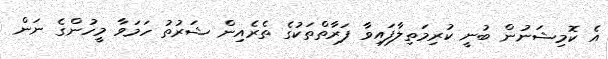
އެ ކޮމިޝަނުން ބުނީ ކުރިމަތިލާފައިވާ ފަރާތްތަކުގެ ތެރެއިން ޝަރުތު ހަމަވާ މީހުންގެ ނަން